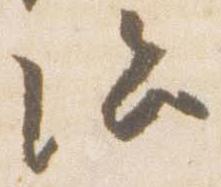
治